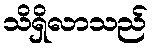
သိရှိလာသည်